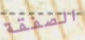
الصفقة